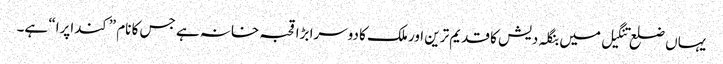
یہاں ضلع تنگیل میں بنگلہ دیش کا قدیم ترین اور ملک کا دوسرا بڑا قحبہ خانہ ہے جس کا نام ”کنداپرا“ ہے۔